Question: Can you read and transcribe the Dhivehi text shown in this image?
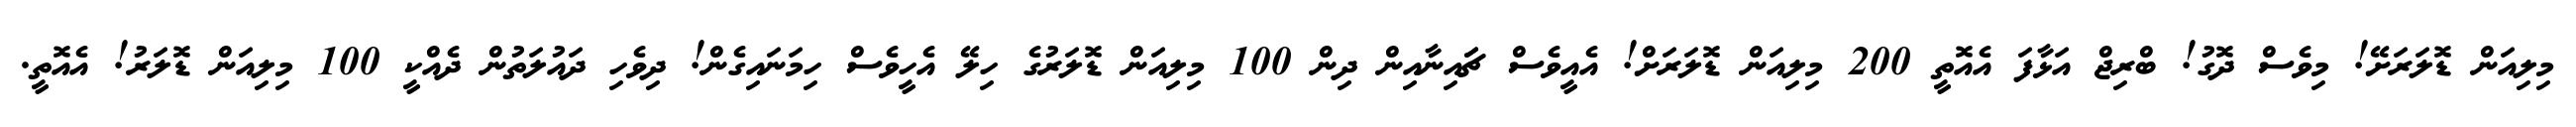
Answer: މިލިއަން ޑޮލަރަށޭ! މިވެސް ދޮގު! ބްރިޖް އަޅާފަ އެއޮތީ 200 މިލިއަން ޑޮލަރަށް! އެއީވެސް ޗަައިނާއިން ދިން 100 މިލިއަން ޑޮލަރުގެ ހިލޭ އެހީވެސް ހިމަނައިގެން! ދިވެހި ދައުލަތުން ދެއްކީ 100 މިލިއަން ޑޮލަރު! އެއޮތީ.